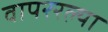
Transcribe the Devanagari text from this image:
वापररल्या